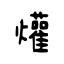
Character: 爟